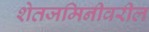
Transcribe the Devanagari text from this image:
शेतजमिनीवरील